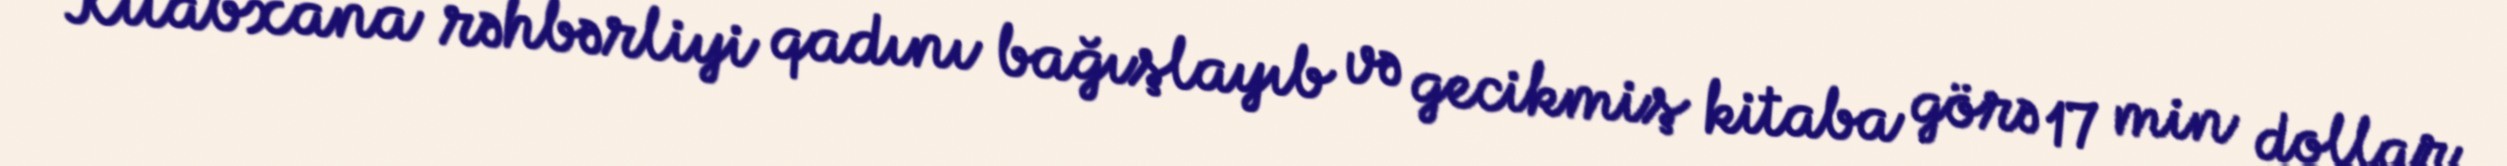
Kitabxana rəhbərliyi qadını bağışlayıb və gecikmiş kitaba görə 17 min dollar